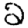
Digit: 2